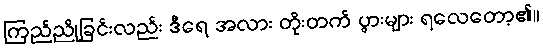
ကြည်ညိုခြင်းလည်း ဒီရေ အလား တိုးတက် ပွားများ ရလေတော့၏။